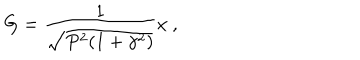
G = \frac { 1 } { \sqrt { P ^ { 2 } ( 1 + \gamma ^ { 2 } ) } } x \ ,